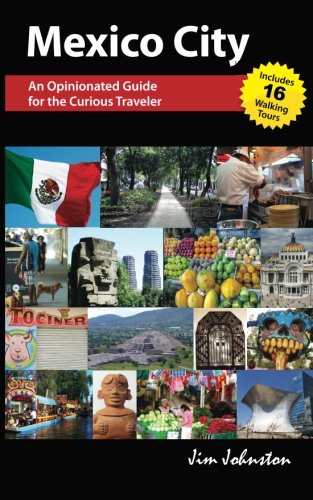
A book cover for Mexico CIty: An Opinionated Guide for the Curious Traveler; Jim Johnston; Travel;